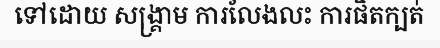
ទៅដោយ សង្គ្រាម ការលែងលះ ការផិតក្បត់